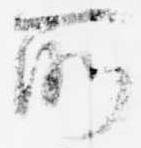
所